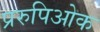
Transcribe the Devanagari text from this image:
प्ररुपिओक